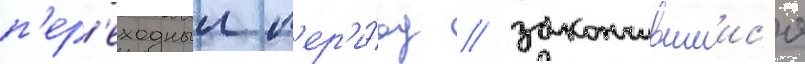
п'ер'еходныи п'ер'и́од / закончившиис'я